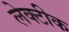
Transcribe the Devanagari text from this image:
लेक्टीक